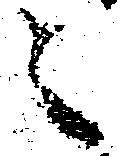
之